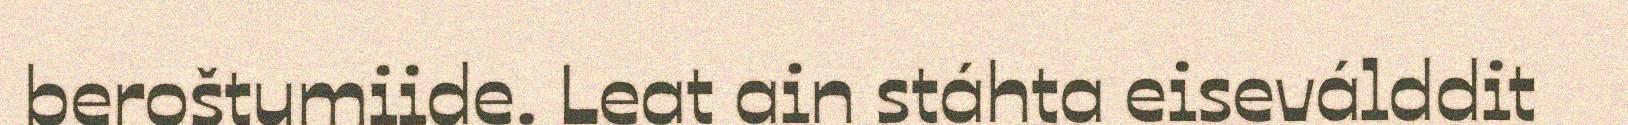
beroštumiide. Leat ain stáhta eiseválddit